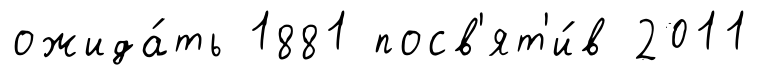
ожида́ть 1881 посв'ят'и́в 2011